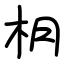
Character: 枂